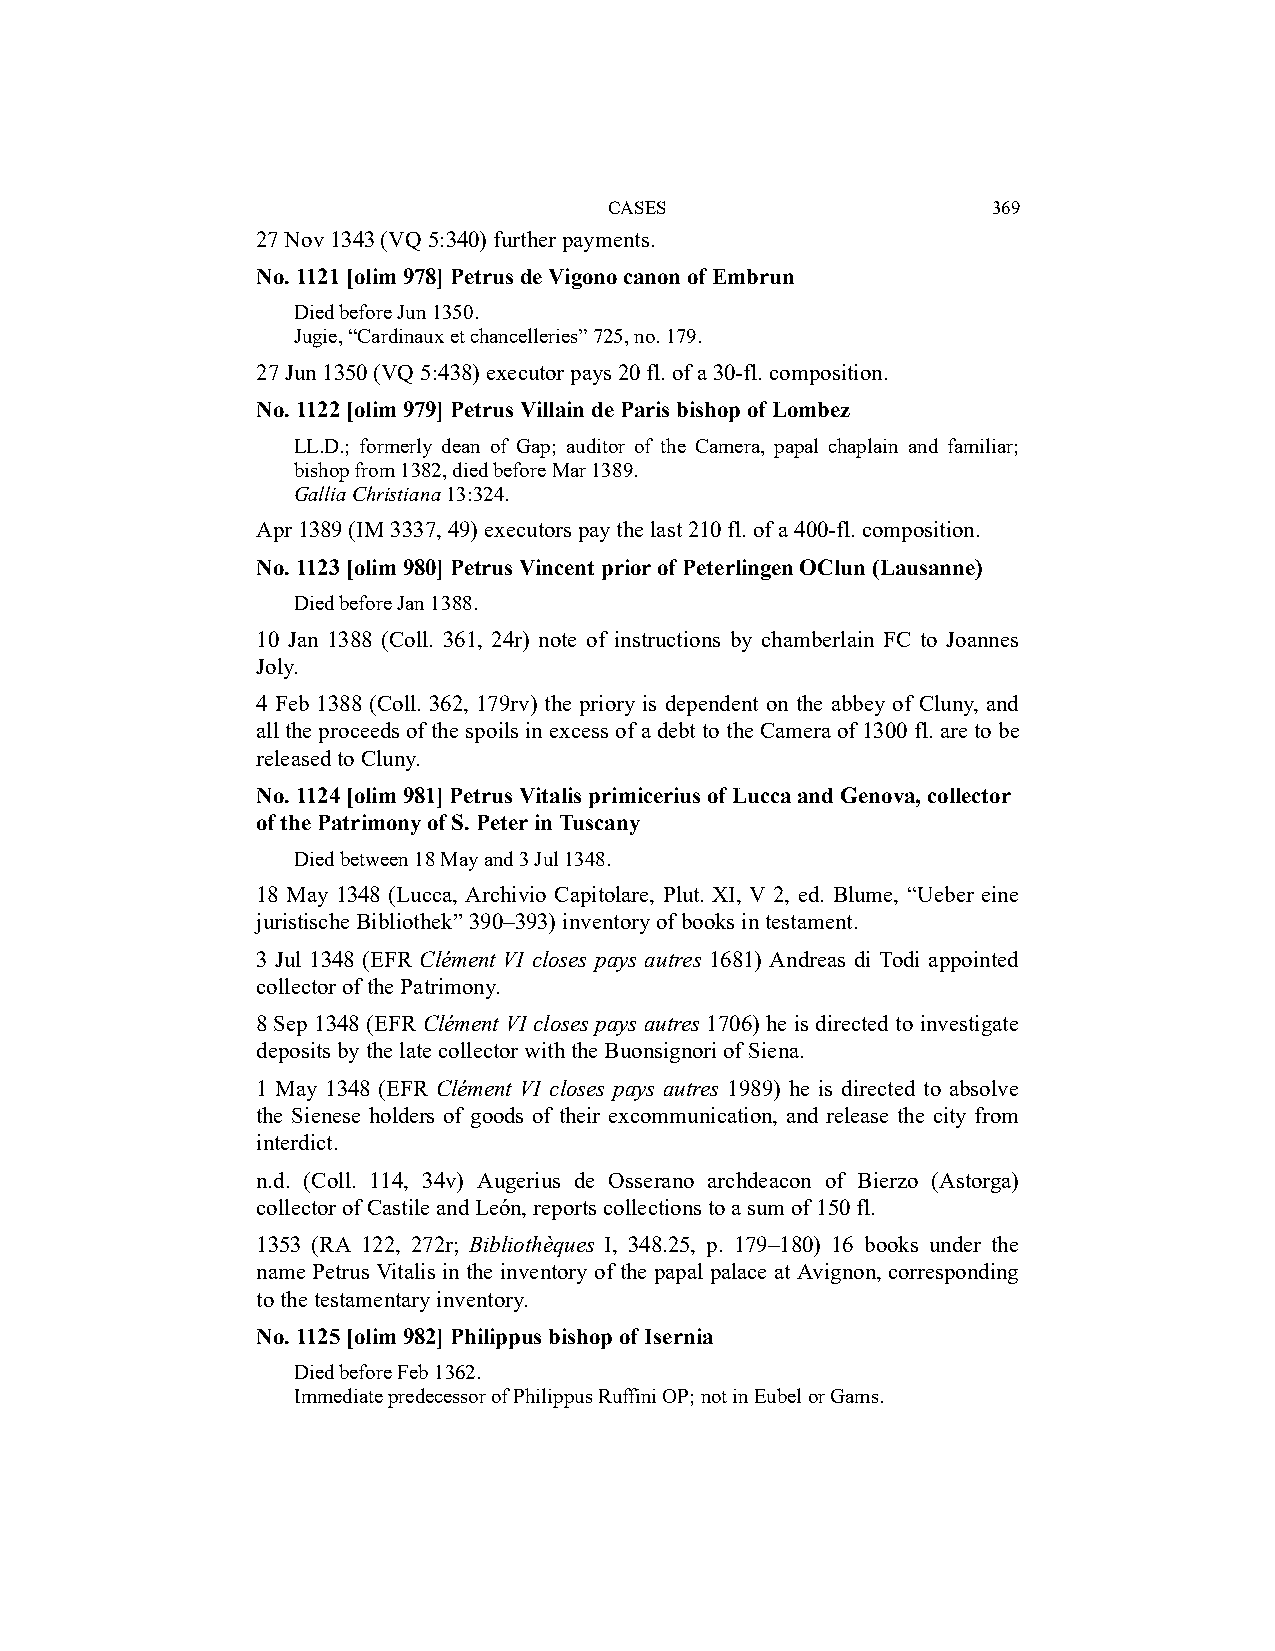
CASES                     369
 27 Nov 1343 (VQ 5:340) further payments.
 No. 1121 [olim 978] Petrus de Vigono canon of Embrun
 Died before Jun 1350.
 Jugie, “Cardinaux et chancelleries” 725, no. 179.
 27 Jun 1350 (VQ 5:438) executor pays 20 fl. of a 30-fl. composition.
 No. 1122 [olim 979] Petrus Villain de Paris bishop of Lombez
 LL.D.; formerly dean of Gap; auditor of the Camera, papal chaplain and familiar;
 bishop from 1382, died before Mar 1389.
 Gallia Christiana 13:324.
 Apr 1389 (IM 3337, 49) executors pay the last 210 fl. of a 400-fl. composition.
 No. 1123 [olim 980] Petrus Vincent prior of Peterlingen OClun (Lausanne)
 Died before Jan 1388.
 10 Jan 1388 (Coll. 361, 24r) note of instructions by chamberlain FC to Joannes
 Joly.
 4 Feb 1388 (Coll. 362, 179rv) the priory is dependent on the abbey of Cluny, and
 all the proceeds of the spoils in excess of a debt to the Camera of 1300 fl. are to be
 released to Cluny.
 No. 1124 [olim 981] Petrus Vitalis primicerius of Lucca and Genova, collector
 of the Patrimony of S. Peter in Tuscany
 Died between 18 May and 3 Jul 1348.
 18 May 1348 (Lucca, Archivio Capitolare, Plut. XI, V 2, ed. Blume, “Ueber eine
 juristische Bibliothek” 390–393) inventory of books in testament.
 3 Jul 1348 (EFR Clément VI closes pays autres 1681) Andreas di Todi appointed
 collector of the Patrimony.
 8 Sep 1348 (EFR Clément VI closes pays autres 1706) he is directed to investigate
 deposits by the late collector with the Buonsignori of Siena.
 1 May 1348 (EFR Clément VI closes pays autres 1989) he is directed to absolve
 the Sienese holders of goods of their excommunication, and release the city from
 interdict.
 n.d. (Coll. 114, 34v) Augerius de Osserano archdeacon of Bierzo (Astorga)
 collector of Castile and León, reports collections to a sum of 150 fl.
 1353 (RA 122, 272r; Bibliothèques I, 348.25, p. 179–180) 16 books under the
 name Petrus Vitalis in the inventory of the papal palace at Avignon, corresponding
 to the testamentary inventory.
 No. 1125 [olim 982] Philippus bishop of Isernia
 Died before Feb 1362.
 Immediate predecessor of Philippus Ruffini OP; not in Eubel or Gams.